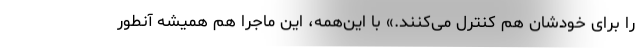
را برای خودشان هم کنترل می‌کنند.» با این‌همه، این ماجرا هم همیشه آنطور